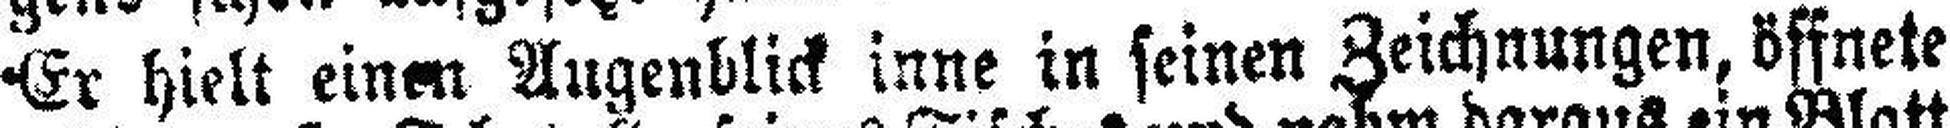
Er hielt einen Augenblick inne in seinen Zeichnungen, öffnete